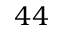
4 4